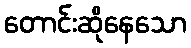
တောင်းဆိုနေသော